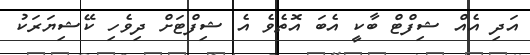
އަދި އެއް ޝިފްޓް ބާކީ އެބަ އޮތެވެ އެ ޝިފްޓަށް ދިވެހި ކޭޝިޔަރަކު